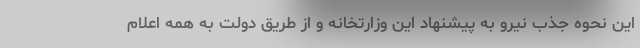
این نحوه جذب نیرو به پیشنهاد این وزارتخانه و از طریق دولت به همه اعلام